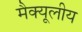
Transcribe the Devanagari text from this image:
मैक्यूलीय